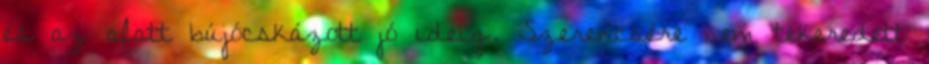
és az alatt bújócskázott jó ideig. Szerencsére nem tekeredett